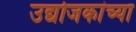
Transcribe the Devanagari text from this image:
उद्योजकांच्या